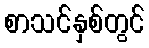
စာသင်နှစ်တွင်